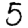
Digit: 5